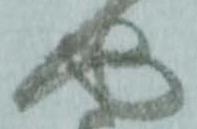
や